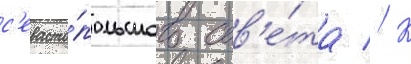
с'евасто́польского сов'е́та // К